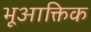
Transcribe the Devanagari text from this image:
भूआक्तिक